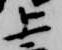
上